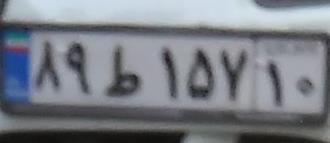
۸۹ط۱۵۷۱۰